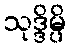
သုဒ္ဒိမ္ပိ